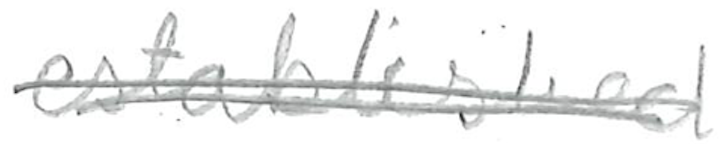
Text: established
Cross-out: double-line
Writing tool: pencil